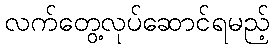
လက်တွေ့လုပ်ဆောင်ရမည့်